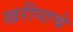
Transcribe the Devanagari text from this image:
खरीपाचे